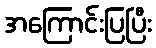
အကြောင်းပြပြီး